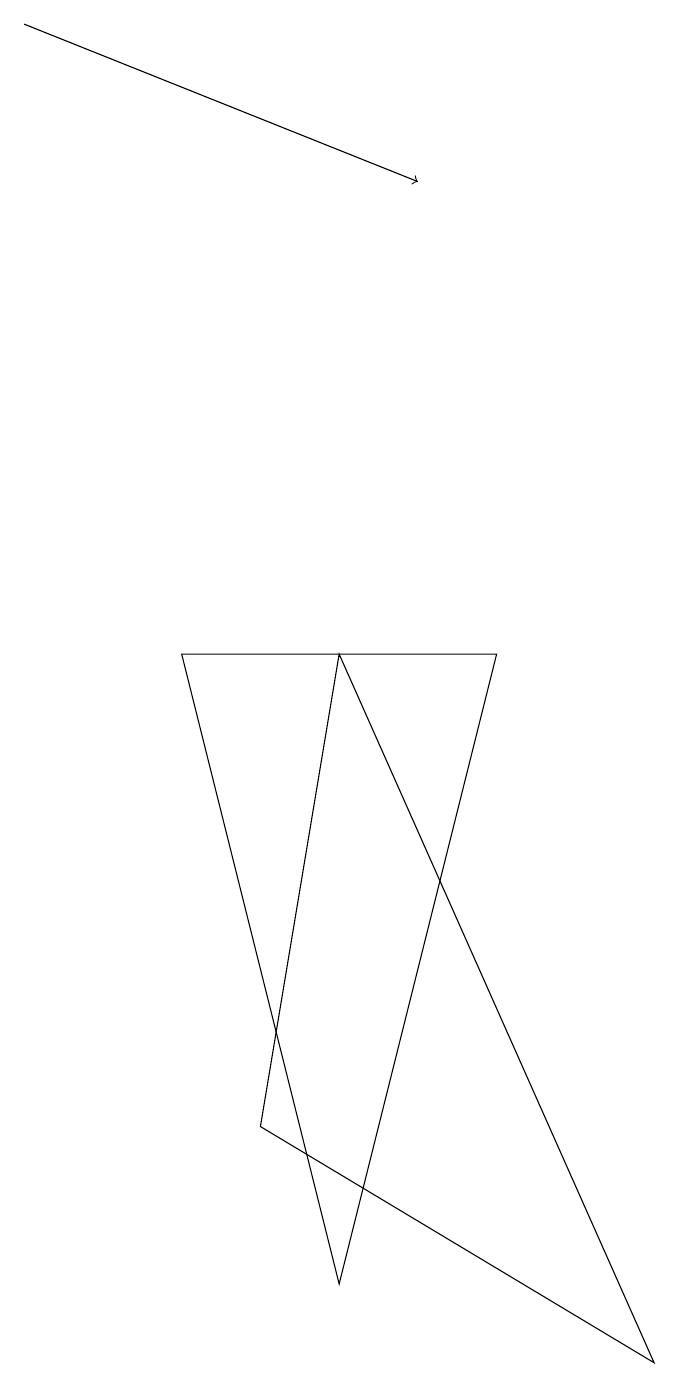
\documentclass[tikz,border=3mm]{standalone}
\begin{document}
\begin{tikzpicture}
\draw[->] (0,17) -- (5,15);
\draw (4,9) -- (8,0) -- (3,3) -- cycle;
\draw (4,1) -- (6,9) -- (2,9) -- cycle;
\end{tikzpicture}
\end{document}